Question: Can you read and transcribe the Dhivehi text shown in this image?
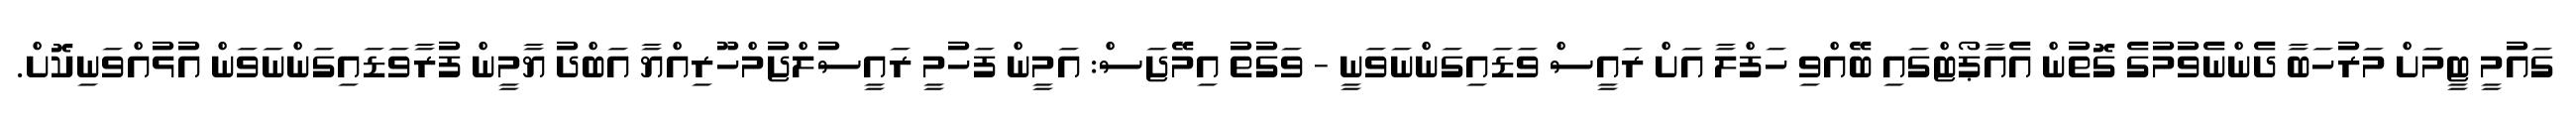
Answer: ގައުމީ ޓީމަށް މަރުހަބާ ދެންނެވުމުގެ ގޮތުން އެއާޕޯޓްގައި ބޭއްވި ހަފްލާ އަށް ރައީސް ވަޑައިގަންނަވަނީ - ވަގުތު އިމޭޖަސް: އަމީން ފަހުމީ ރައީސުލްޖުމްހޫރިއްޔާ އަބްދު ޔާމީން ފުރާވަޑައިގަންނަވަން އުޅުއްވަނިކޮށް.